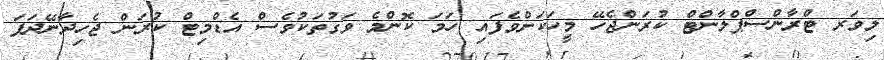
ލިވަރ ޓްރާންސްޕްލާންޓް ކުރަންޖެހޭ މީހަކަށްވެފައި ހަމަ ކޮންމެ ވަގުތަކުވެސް އެޑްމިޓް ކުރަން ޖެހިދާނޭދަފަ